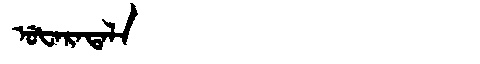
Manchu: ᡠᡶᠠᡵᠠᡨᠠᠯᠠ
Romanization: UFARATALA